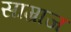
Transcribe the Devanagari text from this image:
साम्राज